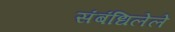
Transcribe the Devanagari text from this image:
संबंधिलेले